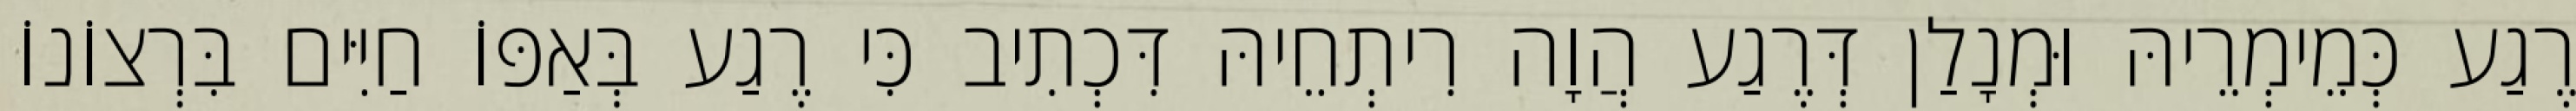
רֶגַע כְּמֵימְרֵיהּ וּמְנָלַן דְּרֶגַע הֲוָה רִיתְחֵיהּ דִּכְתִיב כִּי רֶגַע בְּאַפּוֹ חַיִּים בִּרְצוֹנוֹ